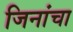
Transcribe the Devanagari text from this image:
जिनांचा